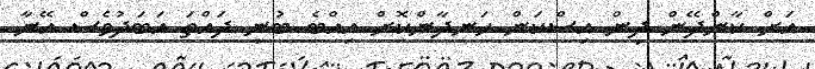
އަށް ކާންދޭން ދިން އިސްކަން ހަނދާންކޮށް އިއްބެ ބުނީ ދައްތަ އަބަދުވެސް އޭނާ